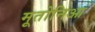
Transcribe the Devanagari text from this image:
मूतोनिआ